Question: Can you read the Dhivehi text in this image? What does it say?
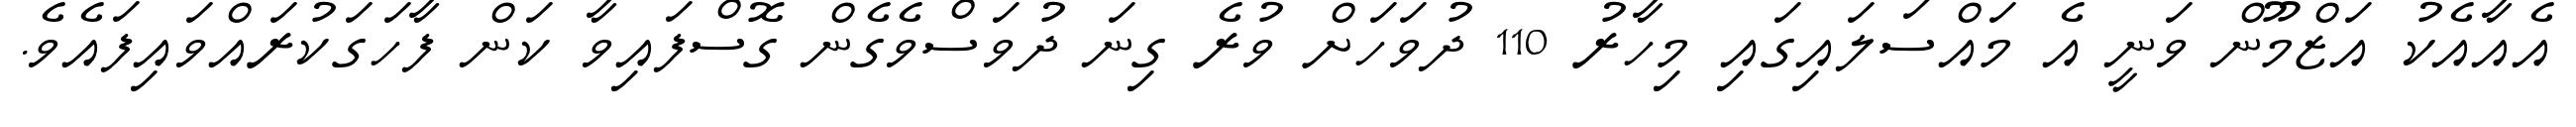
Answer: އެއާއެކު އަޒްމޫން ވަނީ އެ މައްސަލައިގައި މިހާރު 110 ދުވަހަށް ވުރެ ގިނަ ދުވަސްވެގެން ގޮސްފައިވާ ކަން ފާހަގަކުރައްވައިފައެވެ.